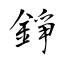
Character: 錚